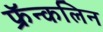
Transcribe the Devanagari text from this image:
फ्रॅन्कलिन